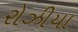
રોઝીયા